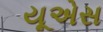
યૂએસ